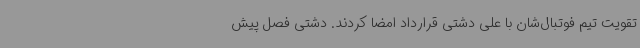
تقویت تیم فوتبال‌شان با علی دشتی قرارداد امضا کردند. دشتی فصل پیش